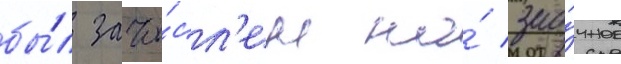
бы́л зачи́сл'ен на́ зао́чное